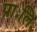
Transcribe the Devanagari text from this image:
प्रा॰लि॰